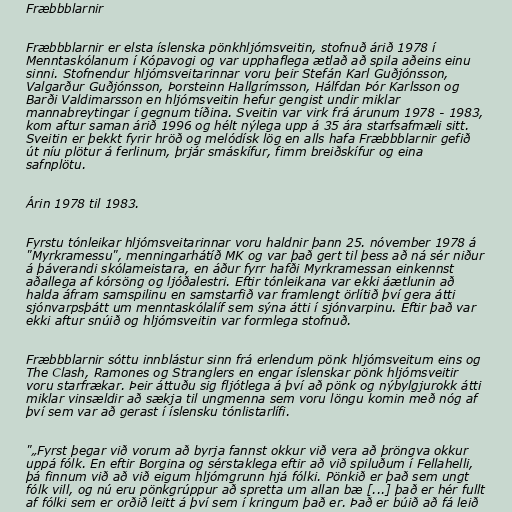
Fræbbblarnir

Fræbbblarnir er elsta íslenska pönkhljómsveitin, stofnuð árið 1978 í
Menntaskólanum í Kópavogi og var upphaflega ætlað að spila aðeins einu
sinni. Stofnendur hljómsveitarinnar voru þeir Stefán Karl Guðjónsson,
Valgarður Guðjónsson, Þorsteinn Hallgrímsson, Hálfdan Þór Karlsson og
Barði Valdimarsson en hljómsveitin hefur gengist undir miklar
mannabreytingar í gegnum tíðina. Sveitin var virk frá árunum 1978 - 1983,
kom aftur saman árið 1996 og hélt nýlega upp á 35 ára starfsafmæli sitt.
Sveitin er þekkt fyrir hröð og melódísk lög en alls hafa Fræbbblarnir gefið
út níu plötur á ferlinum, þrjár smáskífur, fimm breiðskífur og eina
safnplötu.

Árin 1978 til 1983.

Fyrstu tónleikar hljómsveitarinnar voru haldnir þann 25. nóvember 1978 á
"Myrkramessu", menningarhátíð MK og var það gert til þess að ná sér niður
á þáverandi skólameistara, en áður fyrr hafði Myrkramessan einkennst
aðallega af kórsöng og ljóðalestri. Eftir tónleikana var ekki áætlunin að
halda áfram samspilinu en samstarfið var framlengt örlítið því gera átti
sjónvarpsþátt um menntaskólalíf sem sýna átti í sjónvarpinu. Eftir það var
ekki aftur snúið og hljómsveitin var formlega stofnuð.

Fræbbblarnir sóttu innblástur sinn frá erlendum pönk hljómsveitum eins og
The Clash, Ramones og Stranglers en engar íslenskar pönk hljómsveitir
voru starfrækar. Þeir áttuðu sig fljótlega á því að pönk og nýbylgjurokk átti
miklar vinsældir að sækja til ungmenna sem voru löngu komin með nóg af
því sem var að gerast í íslensku tónlistarlífi.

"„Fyrst þegar við vorum að byrja fannst okkur við vera að þröngva okkur
uppá fólk. En eftir Borgina og sérstaklega eftir að við spiluðum í Fellahelli,
þá finnum við að við eigum hljómgrunn hjá fólki. Pönkið er það sem ungt
fólk vill, og nú eru pönkgrúppur að spretta um allan bæ [...] það er hér fullt
af fólki sem er orðið leitt á því sem í kringum það er. Það er búið að fá leið